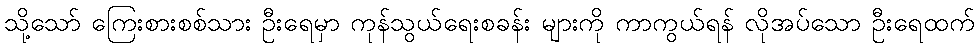
သို့သော် ကြေးစားစစ်သား ဦးရေမှာ ကုန်သွယ်ရေးစခန်း များကို ကာကွယ်ရန် လိုအပ်သော ဦးရေထက်